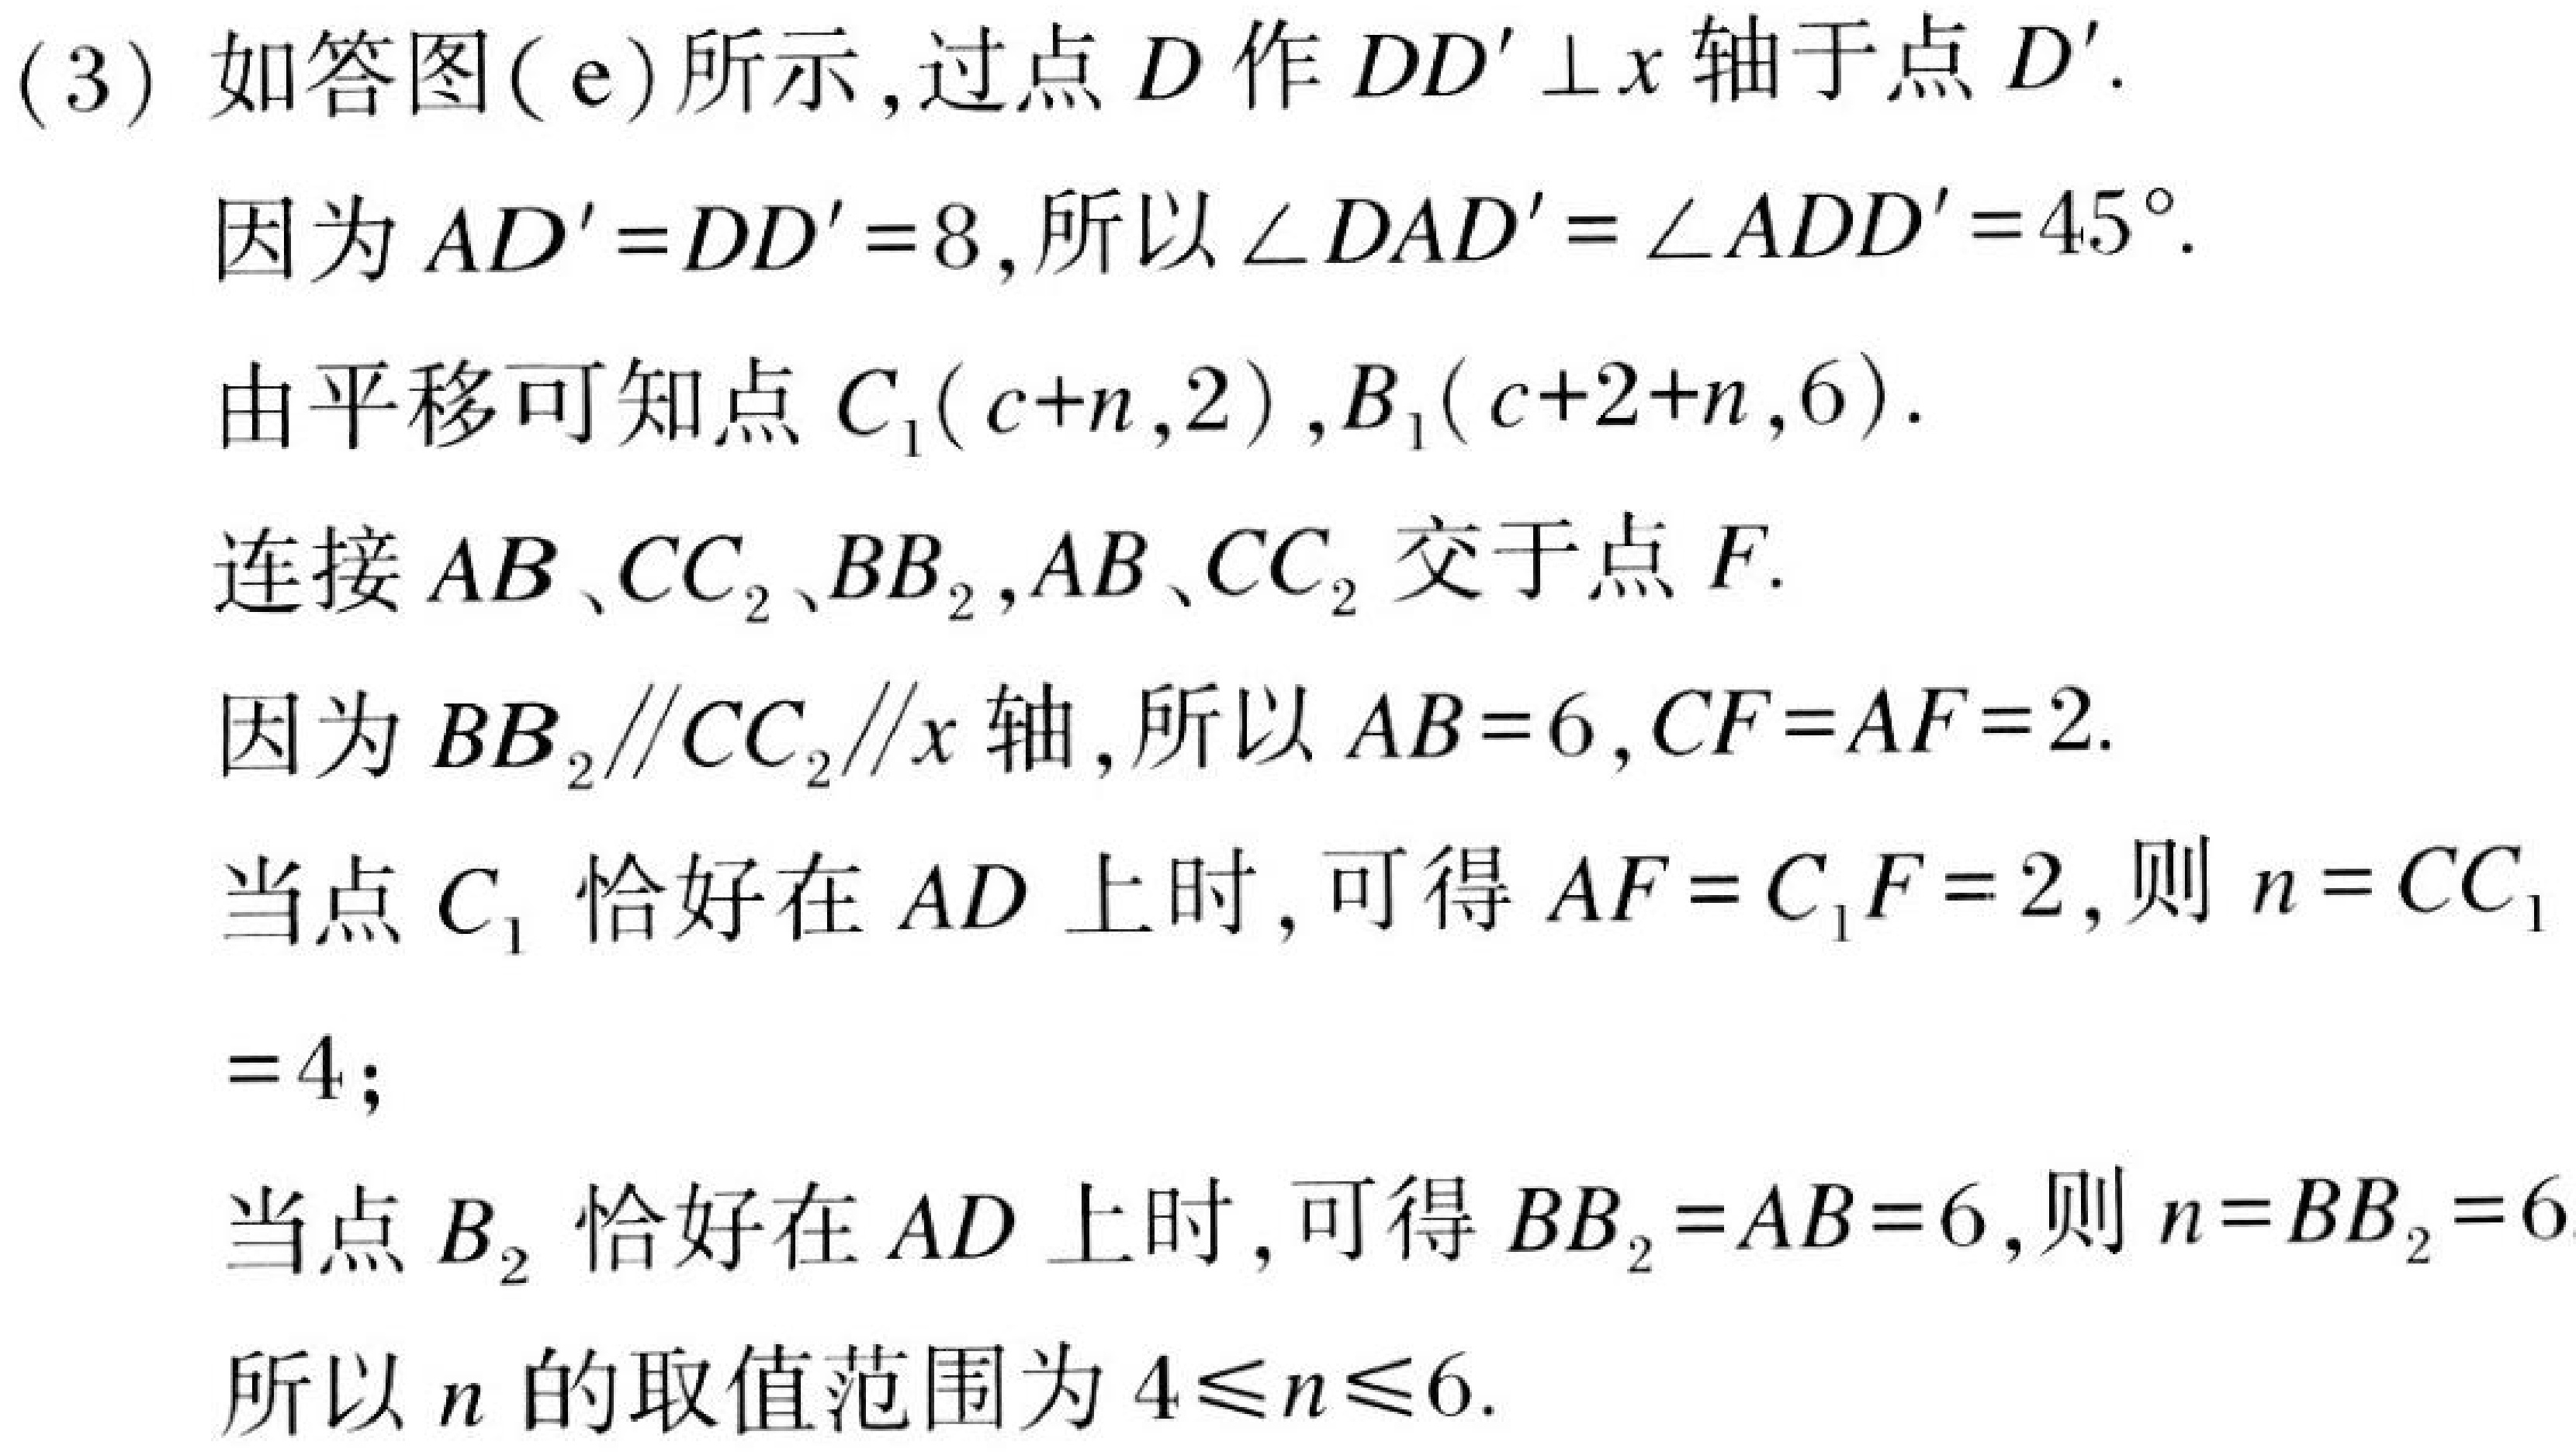
(3) 如答图(e)所示,过点 \(D\) 作 \(DD'\perp x\) 轴于点 \(D'\).
因为 \(AD' = DD' = 8\),所以 \(\angle DAD'=\angle ADD' = 45^{\circ}\).
由平移可知点 \(C_1(c + n,2)\),\(B_1(c + 2 + n,6)\).
连接 \(AB\)、\(CC_2\)、\(BB_2\),\(AB\)、\(CC_2\) 交于点 \(F\).
因为 \(BB_2\parallel CC_2\parallel x\) 轴,所以 \(AB = 6\),\(CF = AF = 2\).
当点 \(C_1\) 恰好在 \(AD\) 上时,可得 \(AF = C_1F = 2\),则 \(n = CC_1=4\);
当点 \(B_2\) 恰好在 \(AD\) 上时,可得 \(BB_2 = AB = 6\),则 \(n = BB_2 = 6\)
所以 \(n\) 的取值范围为 \(4\leqslant n\leqslant6\).